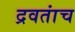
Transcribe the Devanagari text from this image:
द्रवतांच